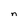
Character: n